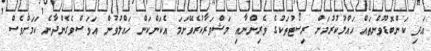
އަދި ކަންބޮޑުވުންތައް ހައްލުކުރުމަށް ރިސޯޓުތަކުގެ ވެރިންނާއި މަޝްވަރާކުރެވޭނަމަ އެކަންކަން ހައްލުވުން އަވަސްވެގެންދާނެ ކަމަށްވެސް